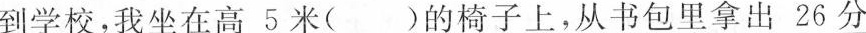
到学校，我坐在高\underline{5米}( )的椅子上，从书包里拿出\underline{26分}